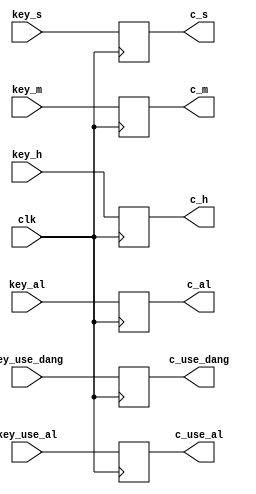
`timescale 1ns / 1ps

module control(clk,key_h,key_m,key_s,key_al,key_use_al,key_use_dang,c_h,c_m,c_s,c_al,c_use_al,c_use_dang);
input clk,key_h,key_m,key_s,key_al,key_use_al,key_use_dang; // 
output reg c_h,c_m,c_s,c_al,c_use_al,c_use_dang; // 

always@(posedge clk)
begin
    c_h <= key_h;
    c_m <= key_m;
    c_s <= key_s;
    c_al <= key_al;
    c_use_al <= key_use_al;
    c_use_dang <= key_use_dang;
end
 
endmodule